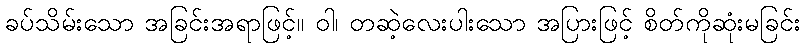
ခပ်သိမ်းသော အခြင်းအရာဖြင့်။ ဝါ၊ တဆဲ့လေးပါးသော အပြားဖြင့် စိတ်ကိုဆုံးမခြင်း